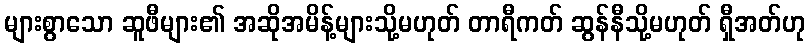
များစွာသော ဆူဖီများ၏ အဆိုအမိန့်များသို့မဟုတ် တာရီကတ် ဆွန်နီသို့မဟုတ် ရှီအတ်ဟု